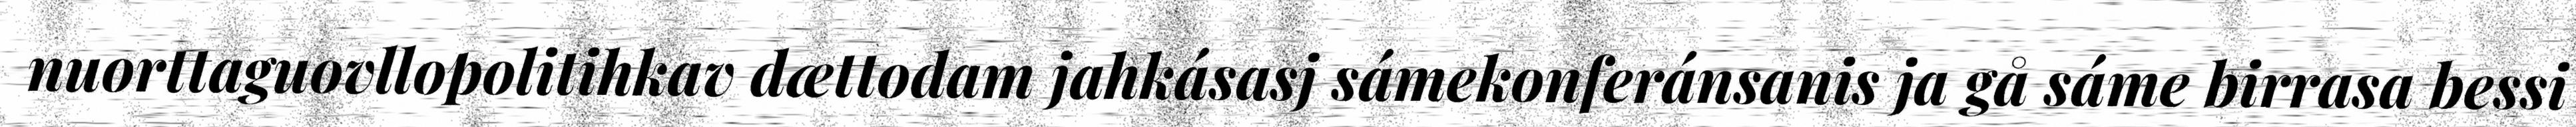
nuorttaguovllopolitihkav dættodam jahkásasj sámekonferánsanis ja gå sáme birrasa bessi